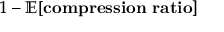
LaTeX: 1 - \mathbb { E } [ \mathbf { c o m p r e s s i o n ~ r a t i o } ]